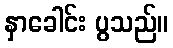
နှာခေါင်း ပွသည်။